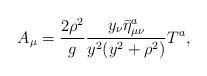
LaTeX: \begin{align*}A_{\mu} = \frac{2\rho^{2}}{g}\frac{y_{\nu}\bar{\eta}^{a}_{\mu\nu}}{y^2(y^2+\rho^2)}T^{a},\end{align*}